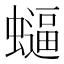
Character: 𮕂